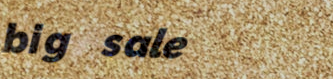
big sale